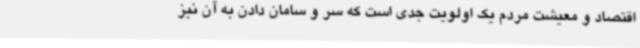
اقتصاد و معیشت مردم یک اولویت جدی است که سر و سامان دادن به آن نیز